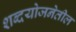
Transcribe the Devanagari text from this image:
शब्दयोजनेतील